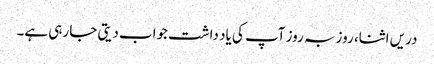
دریں اثنا، روز بہ روز آپ کی یاد داشت جواب دیتی جا رہی ہے۔